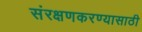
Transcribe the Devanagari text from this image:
संरक्षणकरण्यासाठी